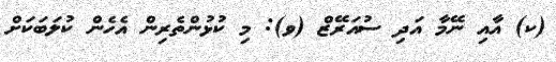
(ކ) އާއި ނޭމާ އަދި ސުއަރޭޒް (ވ): މި ކުޅުންތެރިން އެހެން ކުލަބަކަށް